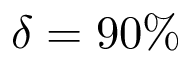
\delta = 9 0 \%